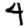
Digit: 4